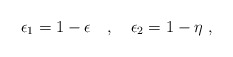
\begin{align*}\epsilon_1 = 1 - \epsilon ~~~ , ~~~ \epsilon_2 = 1 - \eta ~ ,\end{align*}